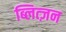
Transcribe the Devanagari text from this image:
ब्लित्ज़न